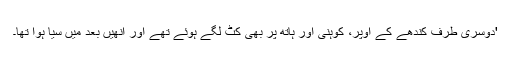
'دوسری طرف کندھے کے اوپر، کوہنی اور ہاتھ پر بھی کٹ لگے ہوئے تھے اور انھیں بعد میں سیا ہوا تھا۔